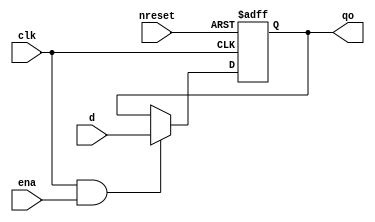
module reg16
(
 input[15:0] d,
 input clk,
 input nreset,
 input ena,
 output [15:0] qo
 );

	reg[15:0] q;
	wire reset;
	
	assign reset = ~nreset;
 
	always @(posedge clk, posedge reset) begin
		if (reset) begin
			q <= 0;
		end
		else if (clk && ena) begin
			q <= d;
		end
	end

	assign qo = q;


endmodule